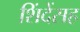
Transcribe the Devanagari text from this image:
शिंदेंसह